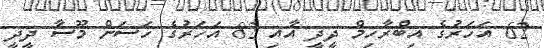
62 އަހަރުގެ އިބްރާހިމް ދީދީ އާއި 82 އަަހަރުގެ ހަސަން މޫސާ ދީދީ